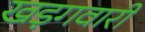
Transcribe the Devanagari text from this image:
खड़गवारी